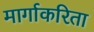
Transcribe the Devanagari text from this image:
मार्गाकरिता